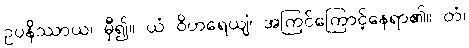
ဥပနိဿာယ၊ မှီ၍။ ယံ ဝိဟရေယျံ၊ အကြင်ကြောင့်နေရာ၏။ တံ၊